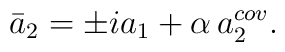
\bar{a}_{2}=\pm ia_{1}+\alpha \, a^{cov}_{2}.